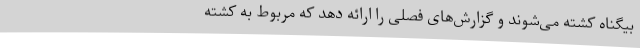
بیگناه کشته می‌شوند و گزارش‌های فصلی را ارائه دهد که مربوط به کشته